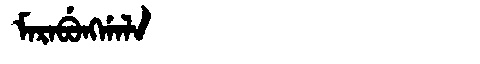
Manchu: ᠮᠠᡵᠠᠪᡠᠩᡤᠠᠯᠠ
Romanization: MARABUNGGALA